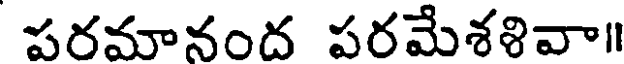
పరమానంద పరమేశళివా